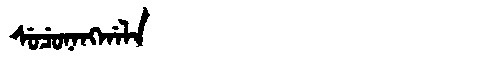
Manchu: ᠰᡠᠴᡠᠨᠠᠩᡤᠠᠯᠠ
Romanization: SUCUNANGGALA